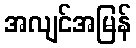
အလျင်အမြန်